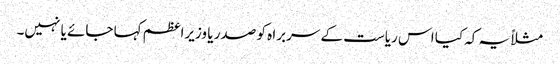
مثلاً یہ کہ کیا اس ریاست کے سربرا ہ کو صدر یا وزیراعظم کہا جائے یا نہیں۔